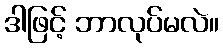
ဒါဖြင့် ဘာလုပ်မလဲ။